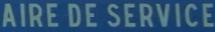
AIRE DE SERVICE